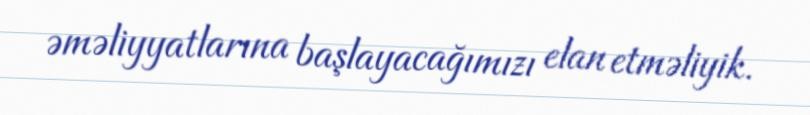
əməliyyatlarına başlayacağımızı elan etməliyik.